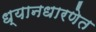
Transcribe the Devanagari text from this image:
ध्यानधारणेत